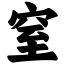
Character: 窒